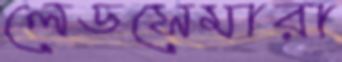
লেডসেমারা